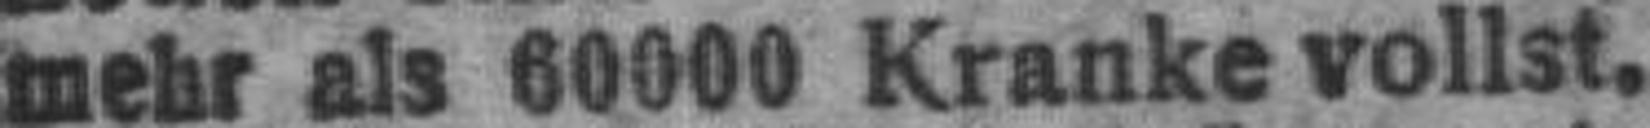
mehr als 60000 Kranke vollst.